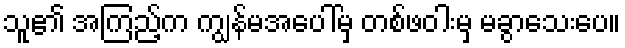
သူ၏ အကြည့်က ကျွန်မအပေါ်မှ တစ်ဖဝါးမှ မခွာသေးပေ။